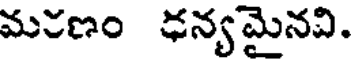
మకణం ఢన్యమైనవి.